Report on lock hospitals in British Burma
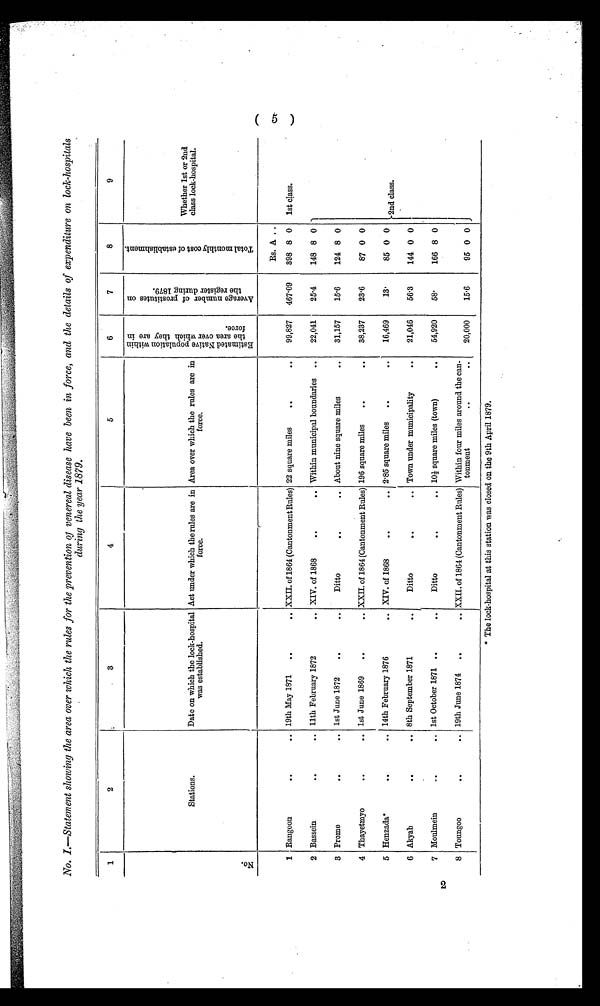
No. 1.—Statement showing the area over which the rules for the prevention of venereal disease have been in force, and the details of expenditure on lock-hospitals
during the year 1879.
1
2
3
4
5
6
7
8
9
S t a t i o n s .
Date on which the lock-hospital
was established.
Act under which the rules are in
f o r c e .
Area over which the rules are in
f o r c e .
E s t i t m a t e d N a t i v e p o p u l a t i o n w i t h i n t h e o v e r w h i c h t h e y a r e i n f o r c e .
A v e r a g e n u m b e r o f p r o s t i t u t e s o n t h e r e g i s t e r d u r i n g 1 8 7 9 .
T o t a l m o n t h l y c o s t o f e s t a b l i s h m e n t .
Whether 1st or 2nd
class lock-hospital.
N o .
1 Rangoon
. .
. . 19th May 1871 ..
. . XXII. of 1864 (Cantonment
Rules) 22 square miles
..
. . 99,827 467.09
Rs. A . .
398 8 0 1st class.
2 Bassein
. .
. . 11th February 1872
. . XIV. of 1868
. .
. . Within municipal boundaries
. .
22,041
25.4
148 8 0
3 Promo
. .
. . 1st June 1872
..
. .
Ditto
. .
. . About nine square miles
. . 31,157
15.6
124 8 0
4 Thayetmyo
. .
. . 1st June 1869
..
. . XXII. of 1864 (Cantonment Rules) 196 square miles
..
. . 38,237
23.6
87 0 0
5 Henzacla*
. .
. . 14th February 1876
. . XIV. of 1868
. .
. . 2.85 square miles
..
. . 16,469
13.
85 0 0 2nd class.
6 Akyab
. .
. . 8th September 1871
. .
Ditto
. .
. . Town under municipality
. . 21,046
56.3
144 0 0
Moulmein
. .
. . 1st October 1871 ..
. .
Ditto
. .
. . 10 1/2 square miles (town)
—
54,920
58.
166 8 0
8 Toungoo
. .
. . 19th June 1874 ..
. . XXII. of 1864 (Cantonment Rules) Within four miles around the can-
tonment
..
. .
20,000
15.6
95 0 0
* The lock-hospital at this station was closed on the 9th April 1879.
2